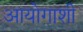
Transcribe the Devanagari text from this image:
आयोगाशी